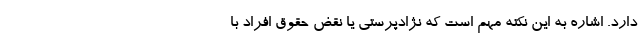
دارد. اشاره به این نکته مهم است که نژادپرستی یا نقض حقوق افراد با